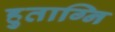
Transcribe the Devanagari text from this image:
हुताग्नि